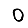
Digit: 0